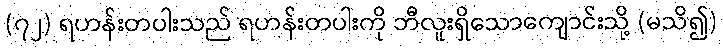
(၇၂) ရဟန်းတပါးသည် ရဟန်းတပါးကို ဘီလူးရှိသောကျောင်းသို့ (မသိ၍)